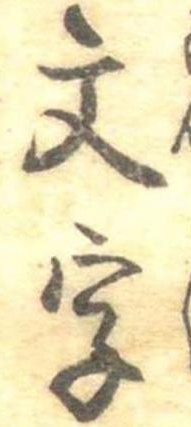
文字